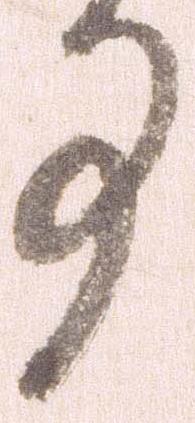
事